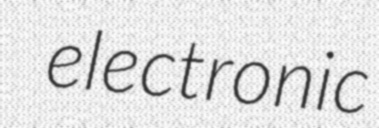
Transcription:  electronic